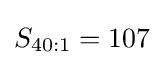
S_{40:1}=107